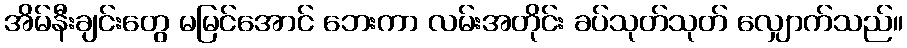
အိမ်နီးချင်းတွေ မမြင်အောင် ဘေးကာ လမ်းအတိုင်း ခပ်သုတ်သုတ် လျှောက်သည်။